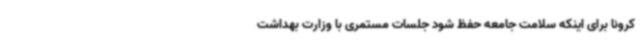
کرونا برای اینکه سلامت جامعه حفظ شود جلسات مستمری با وزارت بهداشت